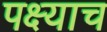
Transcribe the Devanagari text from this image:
पक्ष्याच